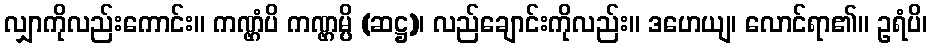
လျှာကိုလည်းကောင်း။ ကဏ္ဌံပိ ကဏ္ဌမ္ပိ (ဆဋ္ဌ)၊ လည်ချောင်းကိုလည်း။ ဒဟေယျ၊ လောင်ရာ၏။ ဥရံပိ၊